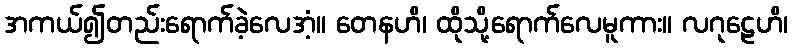
အကယ်၍တည်းရောက်ခဲ့လေအံ့။ တေနဟိ၊ ထိုသို့ရောက်လေမူကား။ လဂုဠေဟိ၊